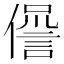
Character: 𠏘